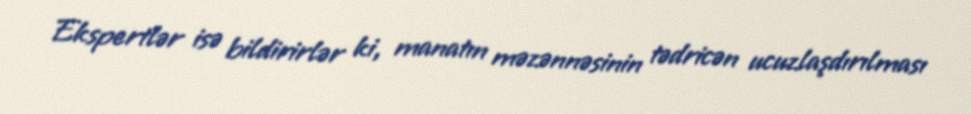
Ekspertlər isə bildirirlər ki, manatın məzənnəsinin tədricən ucuzlaşdırılması